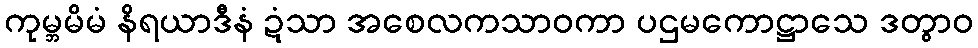
ကုမ္ဘမိမံ နိရယာဒီနံ ဍံသာ အစေလကသာဝကာ ပဌမကောဋ္ဌာသေ ဒတွာဝ